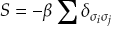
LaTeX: S = - \beta \sum \delta _ { \sigma _ { i } \sigma _ { j } }